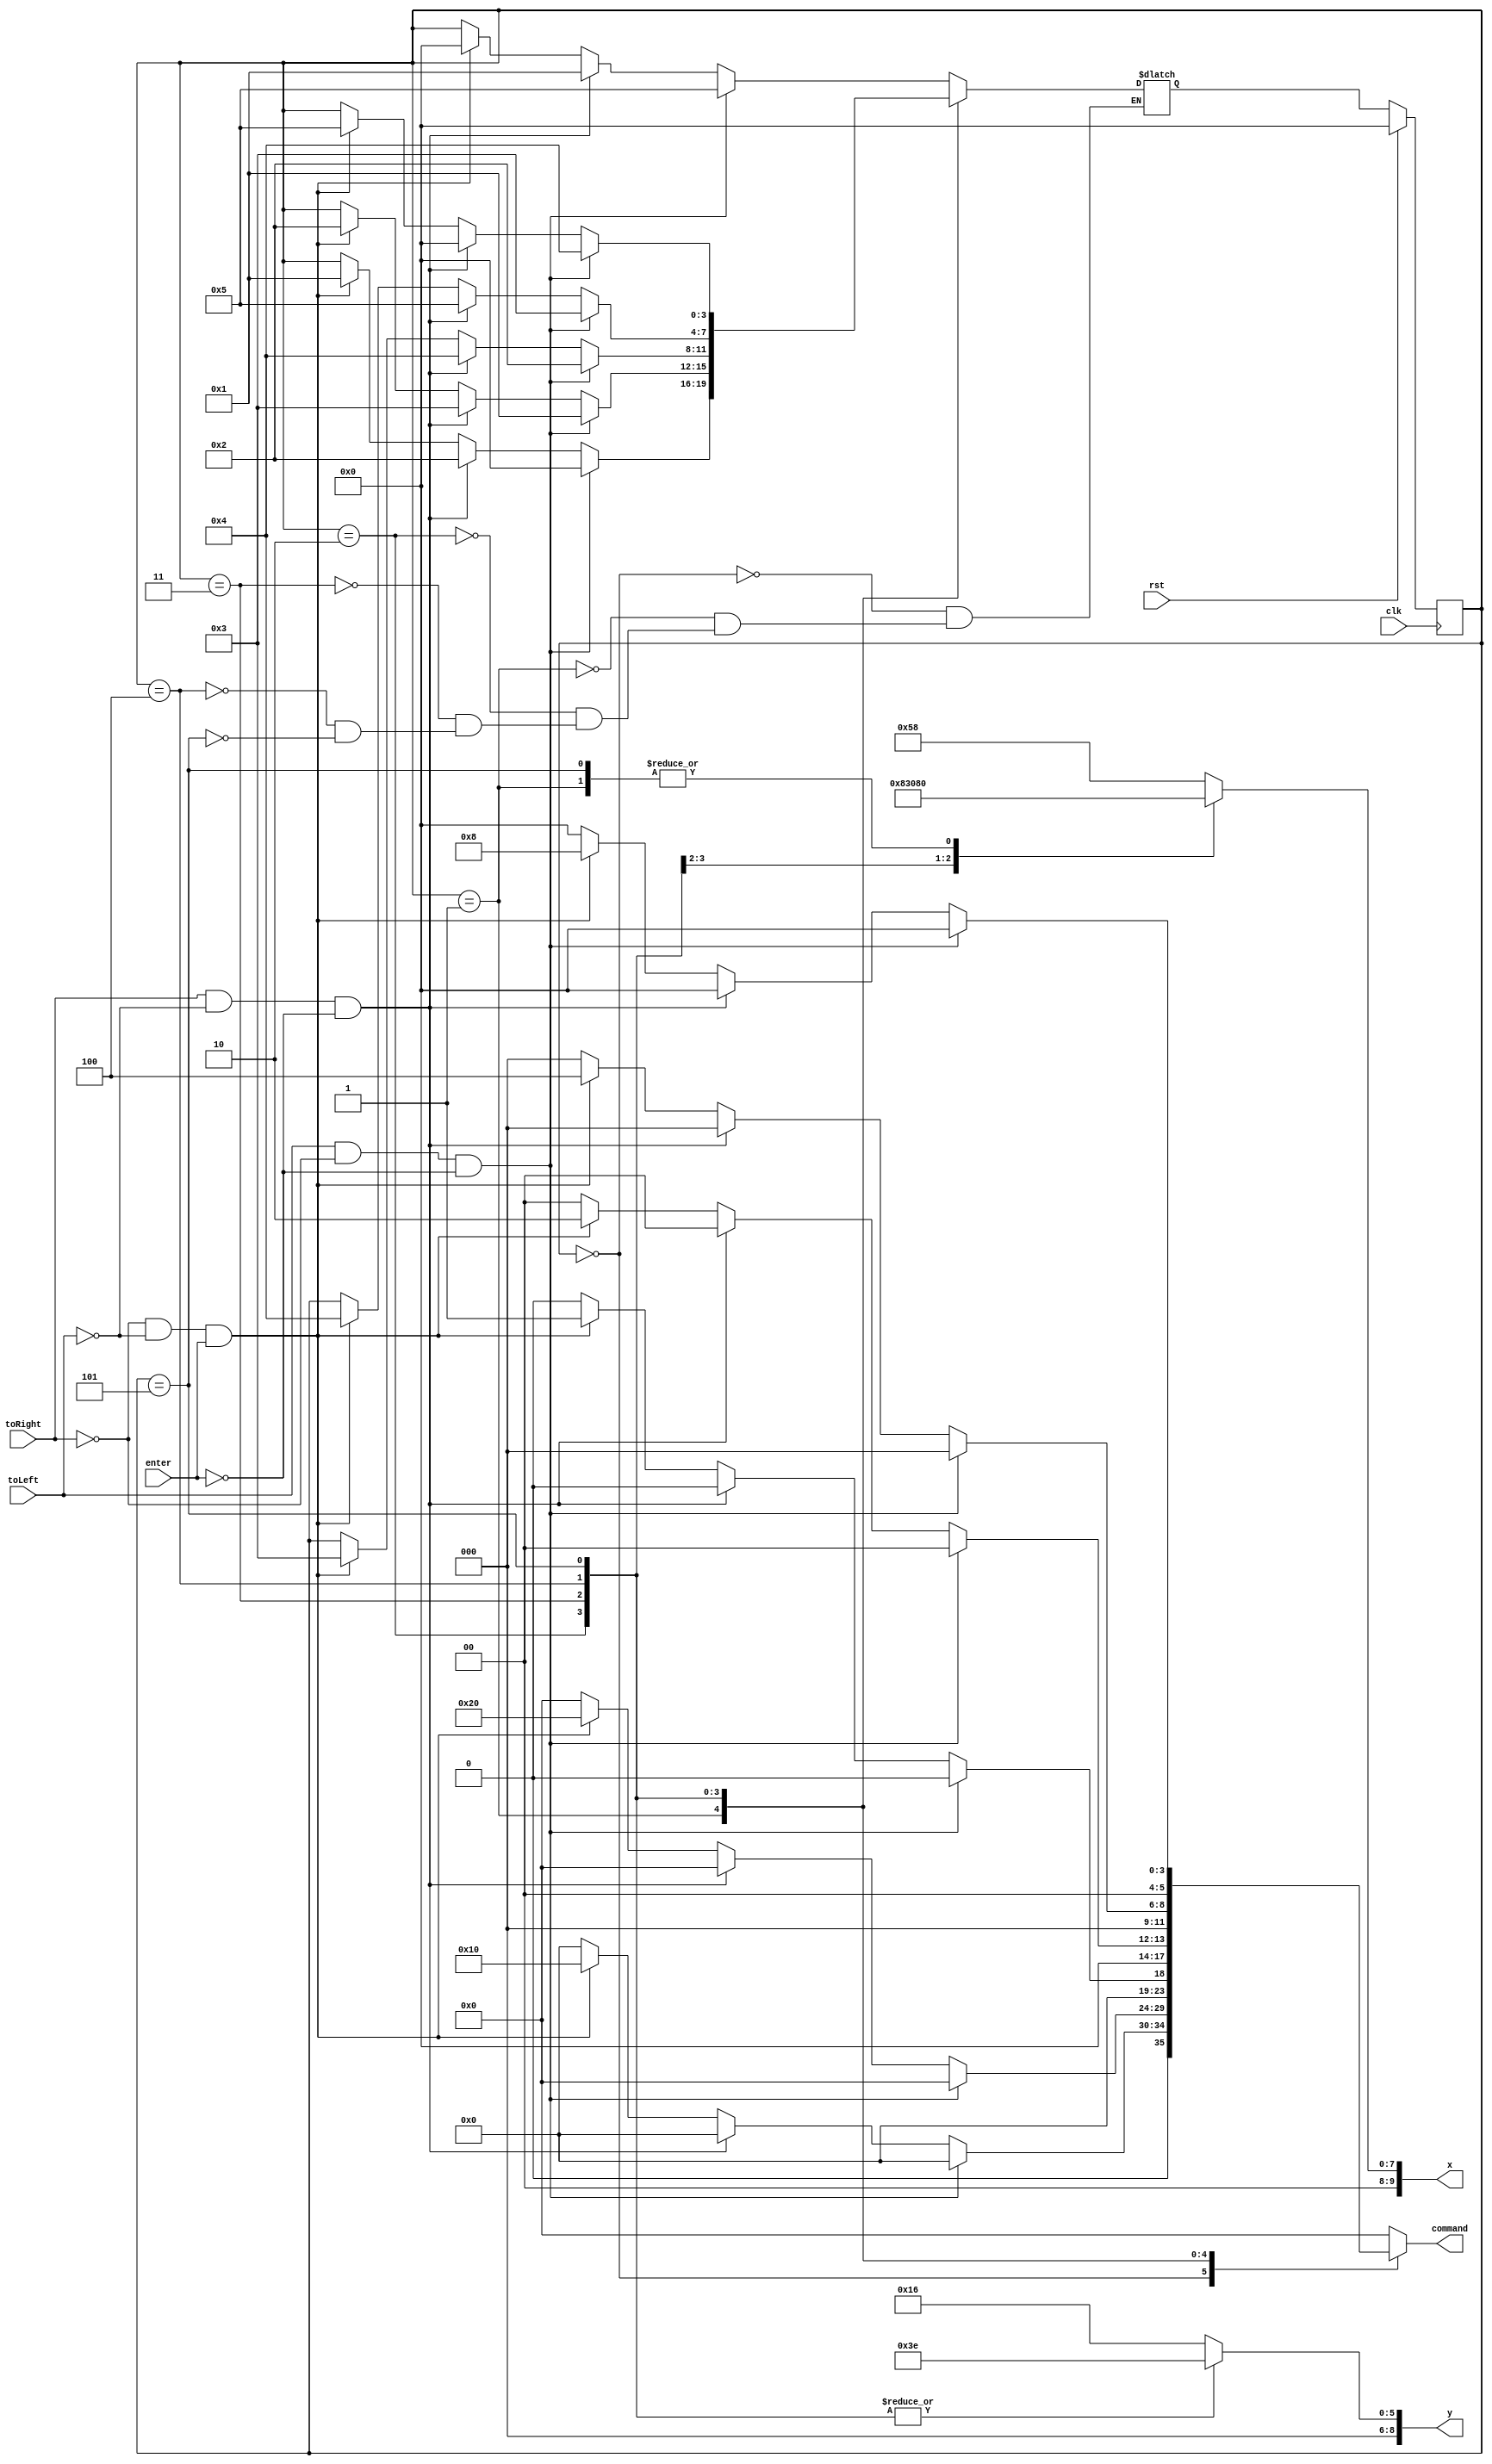
module pointer_locat(clk, rst, toLeft, toRight, x, y, enter, command);
	input clk, rst;
	input toLeft, toRight;
	output reg [9:0] x;
	output reg [8:0] y;
	input enter;
	output reg [5:0] command;
	
	parameter case_blood = 3'b000, case_magic = 3'b001, case_1 = 3'b010, case_2 = 3'b011,
					case_3 = 3'b100, case_4 = 3'b101;
	reg [3:0] ps, ns;
	
	always @ (*)
		case (ps)
			case_blood: if(toLeft & ~toRight & ~enter) begin
								ns = case_4;
								command = 6'b000000;
							end else if (toRight & ~toLeft & ~enter) begin 
								ns = case_magic;
								command = 6'b000000;
							end else if (~toRight & ~toLeft & enter) begin
								ns = case_blood;
								command = 6'b010000;
							end else begin
								ns = ps;
								command = 6'b000000;
							end
			case_magic: if(toLeft & ~toRight & ~enter) begin
								ns = case_blood;
								command = 6'b000000;
							end else if (toRight & ~toLeft & ~enter) begin 
								ns = case_1;
								command = 6'b000000;
							end else if (~toRight & ~toLeft & enter) begin
								ns = case_magic;
								command = 6'b100000;
							end else begin
								ns = ps;
								command = 6'b000000;
							end
			case_1: if(toLeft & ~toRight & ~enter) begin
							ns = case_magic;
							command = 6'b000000;
						end else if (toRight & ~toLeft & ~enter) begin 
							ns = case_2;
							command = 6'b000000;
						end else if (~toRight & ~toLeft & enter) begin
							ns = case_1;
							command = 6'b000001;
						end else begin
							ns = ps;
							command = 6'b000000;
						end
			case_2: if(toLeft & ~toRight & ~enter) begin
							ns = case_1;
							command = 6'b000000;
						end else if (toRight & ~toLeft & ~enter) begin 
							ns = case_3;
							command = 6'b000000;
						end else if (~toRight & ~toLeft & enter) begin
							ns = case_2;
							command = 6'b000010;
						end else begin
							ns = ps;
							command = 6'b000000;
						end
			case_3: if(toLeft & ~toRight & ~enter) begin
							ns = case_2;
							command = 6'b000000;
						end else if (toRight & ~toLeft & ~enter) begin 
							ns = case_4;
							command = 6'b000000;
						end else if (~toRight & ~toLeft & enter) begin
							ns = case_3;
							command = 6'b000100;
						end else begin
							ns = ps;
							command = 6'b000000;
						end
			case_4: if(toLeft & ~toRight & ~enter) begin
							ns = case_3;
							command = 6'b000000;
						end else if (toRight & ~toLeft & ~enter) begin 
							ns = case_blood;
							command = 6'b000000;
						end else if (~toRight & ~toLeft & enter) begin
							ns = case_4;
							command = 6'b001000;
						end else begin
							ns = ps;
							command = 6'b000000;
						end
			default begin
						command = 6'b000000;
					end
		endcase
		
	always @ (*)
		case (ps)
			case_blood: begin 
							x = 88;
							y = 22;
							end
			case_magic: begin 
							x = 128;
							y = 22;
							end
			case_1: begin 
							x = 8;
							y = 62;
							end				
			case_2: begin 
							x = 48;
							y = 62;
							end	
			case_3: begin 
							x = 88;
							y = 62;
							end
			case_4: begin 
							x = 128;
							y = 62;
							end
			default begin 
						x = 88;
						y = 22;
						
					end
		endcase
		
		always @(posedge clk)
			if (rst)
				ps <= case_blood;
			else 
				ps <= ns;
			
endmodule